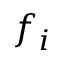
f _ { i }